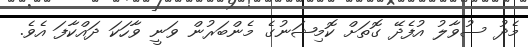
މެދު ސުވާލު އުފެދޭ ގޮތަށް ކޮމިޝަނުގެ މެންބަރުން ވަނީ ވާހަކަ ދައްކާފަ އެވެ.